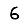
Digit: 6